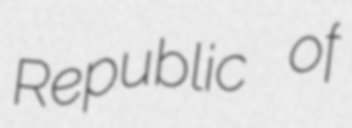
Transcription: Republic of